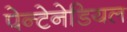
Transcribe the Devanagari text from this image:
पेन्टेनेडियल